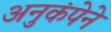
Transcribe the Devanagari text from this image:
अनुकंपेने